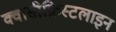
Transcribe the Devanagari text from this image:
क्वासीक्रिस्टलाइन